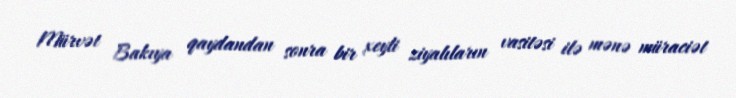
Mürvət Bakıya qaydandan sonra bir xeyli ziyalıların vasitəsi ilə mənə müraciət